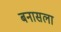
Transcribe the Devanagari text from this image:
बनासला